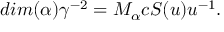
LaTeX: d i m ( \alpha ) \gamma ^ { - 2 } = M _ { \alpha } c S ( u ) u ^ { - 1 } .